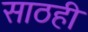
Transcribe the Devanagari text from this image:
साठही